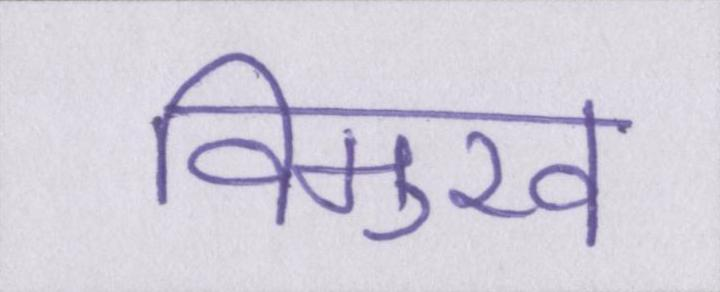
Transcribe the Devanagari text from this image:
विमुख